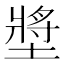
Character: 墏